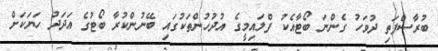
ބުރާސްފަތި ދުވަހު ގެންނަ ބޯޓާއެކު ފްލައިމީގެ އުދުހުންތަކުގައި ބޭނުންކުރާ ބޯޓުގެ އަދަދު ހަޔަކަށް